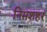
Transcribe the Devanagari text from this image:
निमशहर